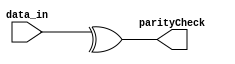
module ParityChecker(data_in, parityCheck);
	parameter n = 8;
	input[n:0] data_in;
	output parityCheck;
	
	reg parityCheck;
	
	task parity;
		
		input 	[n:0] 	inp;
		output 				out;
		begin
		out = ^data_in;
		end
	endtask 
	
	always @(data_in) begin
		parity(data_in, parityCheck);
	end

endmodule